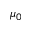
\mu _ { 0 }